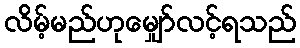
လိမ့်မည်ဟုမျှော်လင့်ရသည်